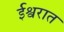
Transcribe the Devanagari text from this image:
ईश्वरात